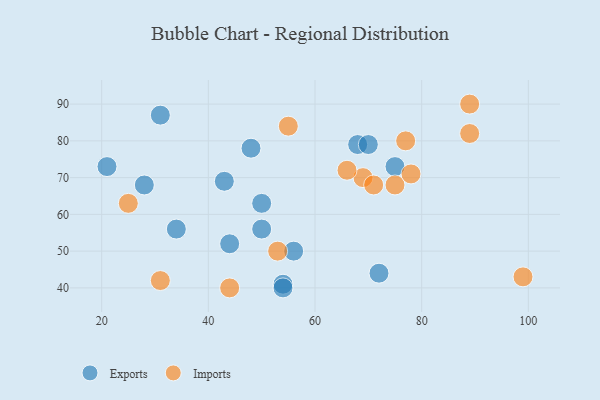
{"axis": {"x": "GDP", "y": "Life Expectancy"}, "legend": ["Exports", "Imports"], "data": [{"x": "56", "y": 50, "type": "Exports"}, {"x": "34", "y": 56, "type": "Exports"}, {"x": "72", "y": 44, "type": "Exports"}, {"x": "50", "y": 56, "type": "Exports"}, {"x": "48", "y": 78, "type": "Exports"}, {"x": "54", "y": 41, "type": "Exports"}, {"x": "68", "y": 79, "type": "Exports"}, {"x": "75", "y": 73, "type": "Exports"}, {"x": "54", "y": 40, "type": "Exports"}, {"x": "28", "y": 68, "type": "Exports"}, {"x": "43", "y": 69, "type": "Exports"}, {"x": "44", "y": 52, "type": "Exports"}, {"x": "50", "y": 63, "type": "Exports"}, {"x": "21", "y": 73, "type": "Exports"}, {"x": "70", "y": 79, "type": "Exports"}, {"x": "31", "y": 87, "type": "Exports"}, {"x": "99", "y": 43, "type": "Imports"}, {"x": "31", "y": 42, "type": "Imports"}, {"x": "89", "y": 90, "type": "Imports"}, {"x": "69", "y": 70, "type": "Imports"}, {"x": "55", "y": 84, "type": "Imports"}, {"x": "89", "y": 82, "type": "Imports"}, {"x": "44", "y": 40, "type": "Imports"}, {"x": "25", "y": 63, "type": "Imports"}, {"x": "71", "y": 68, "type": "Imports"}, {"x": "75", "y": 68, "type": "Imports"}, {"x": "66", "y": 72, "type": "Imports"}, {"x": "77", "y": 80, "type": "Imports"}, {"x": "53", "y": 50, "type": "Imports"}, {"x": "78", "y": 71, "type": "Imports"}]}